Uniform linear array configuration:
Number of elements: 64
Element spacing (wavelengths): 0.5
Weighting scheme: uniform
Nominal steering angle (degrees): -60
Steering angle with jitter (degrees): -59.871
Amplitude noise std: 0.05
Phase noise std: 0.05

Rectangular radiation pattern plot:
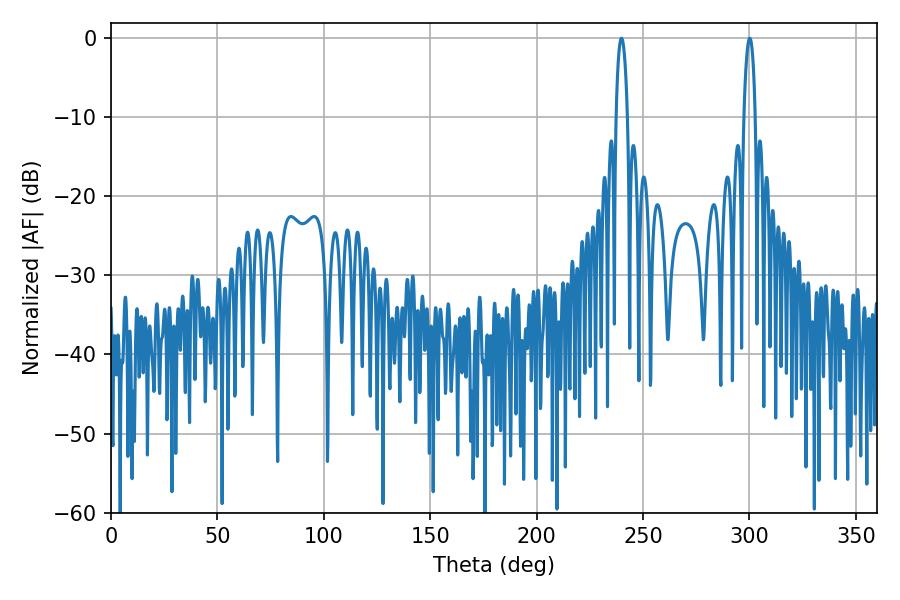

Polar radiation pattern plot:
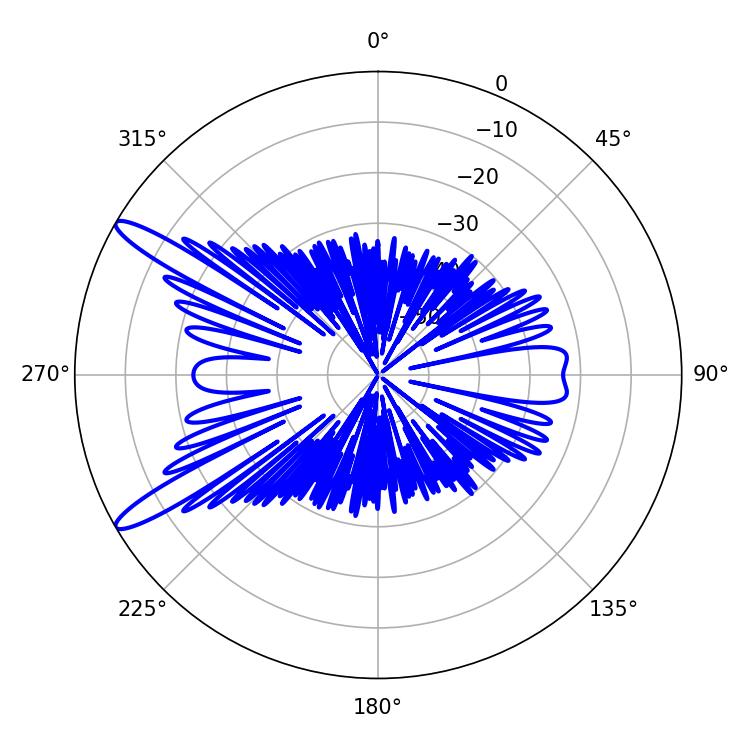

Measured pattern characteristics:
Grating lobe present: FALSE
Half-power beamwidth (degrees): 3.06
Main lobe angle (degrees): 300.06